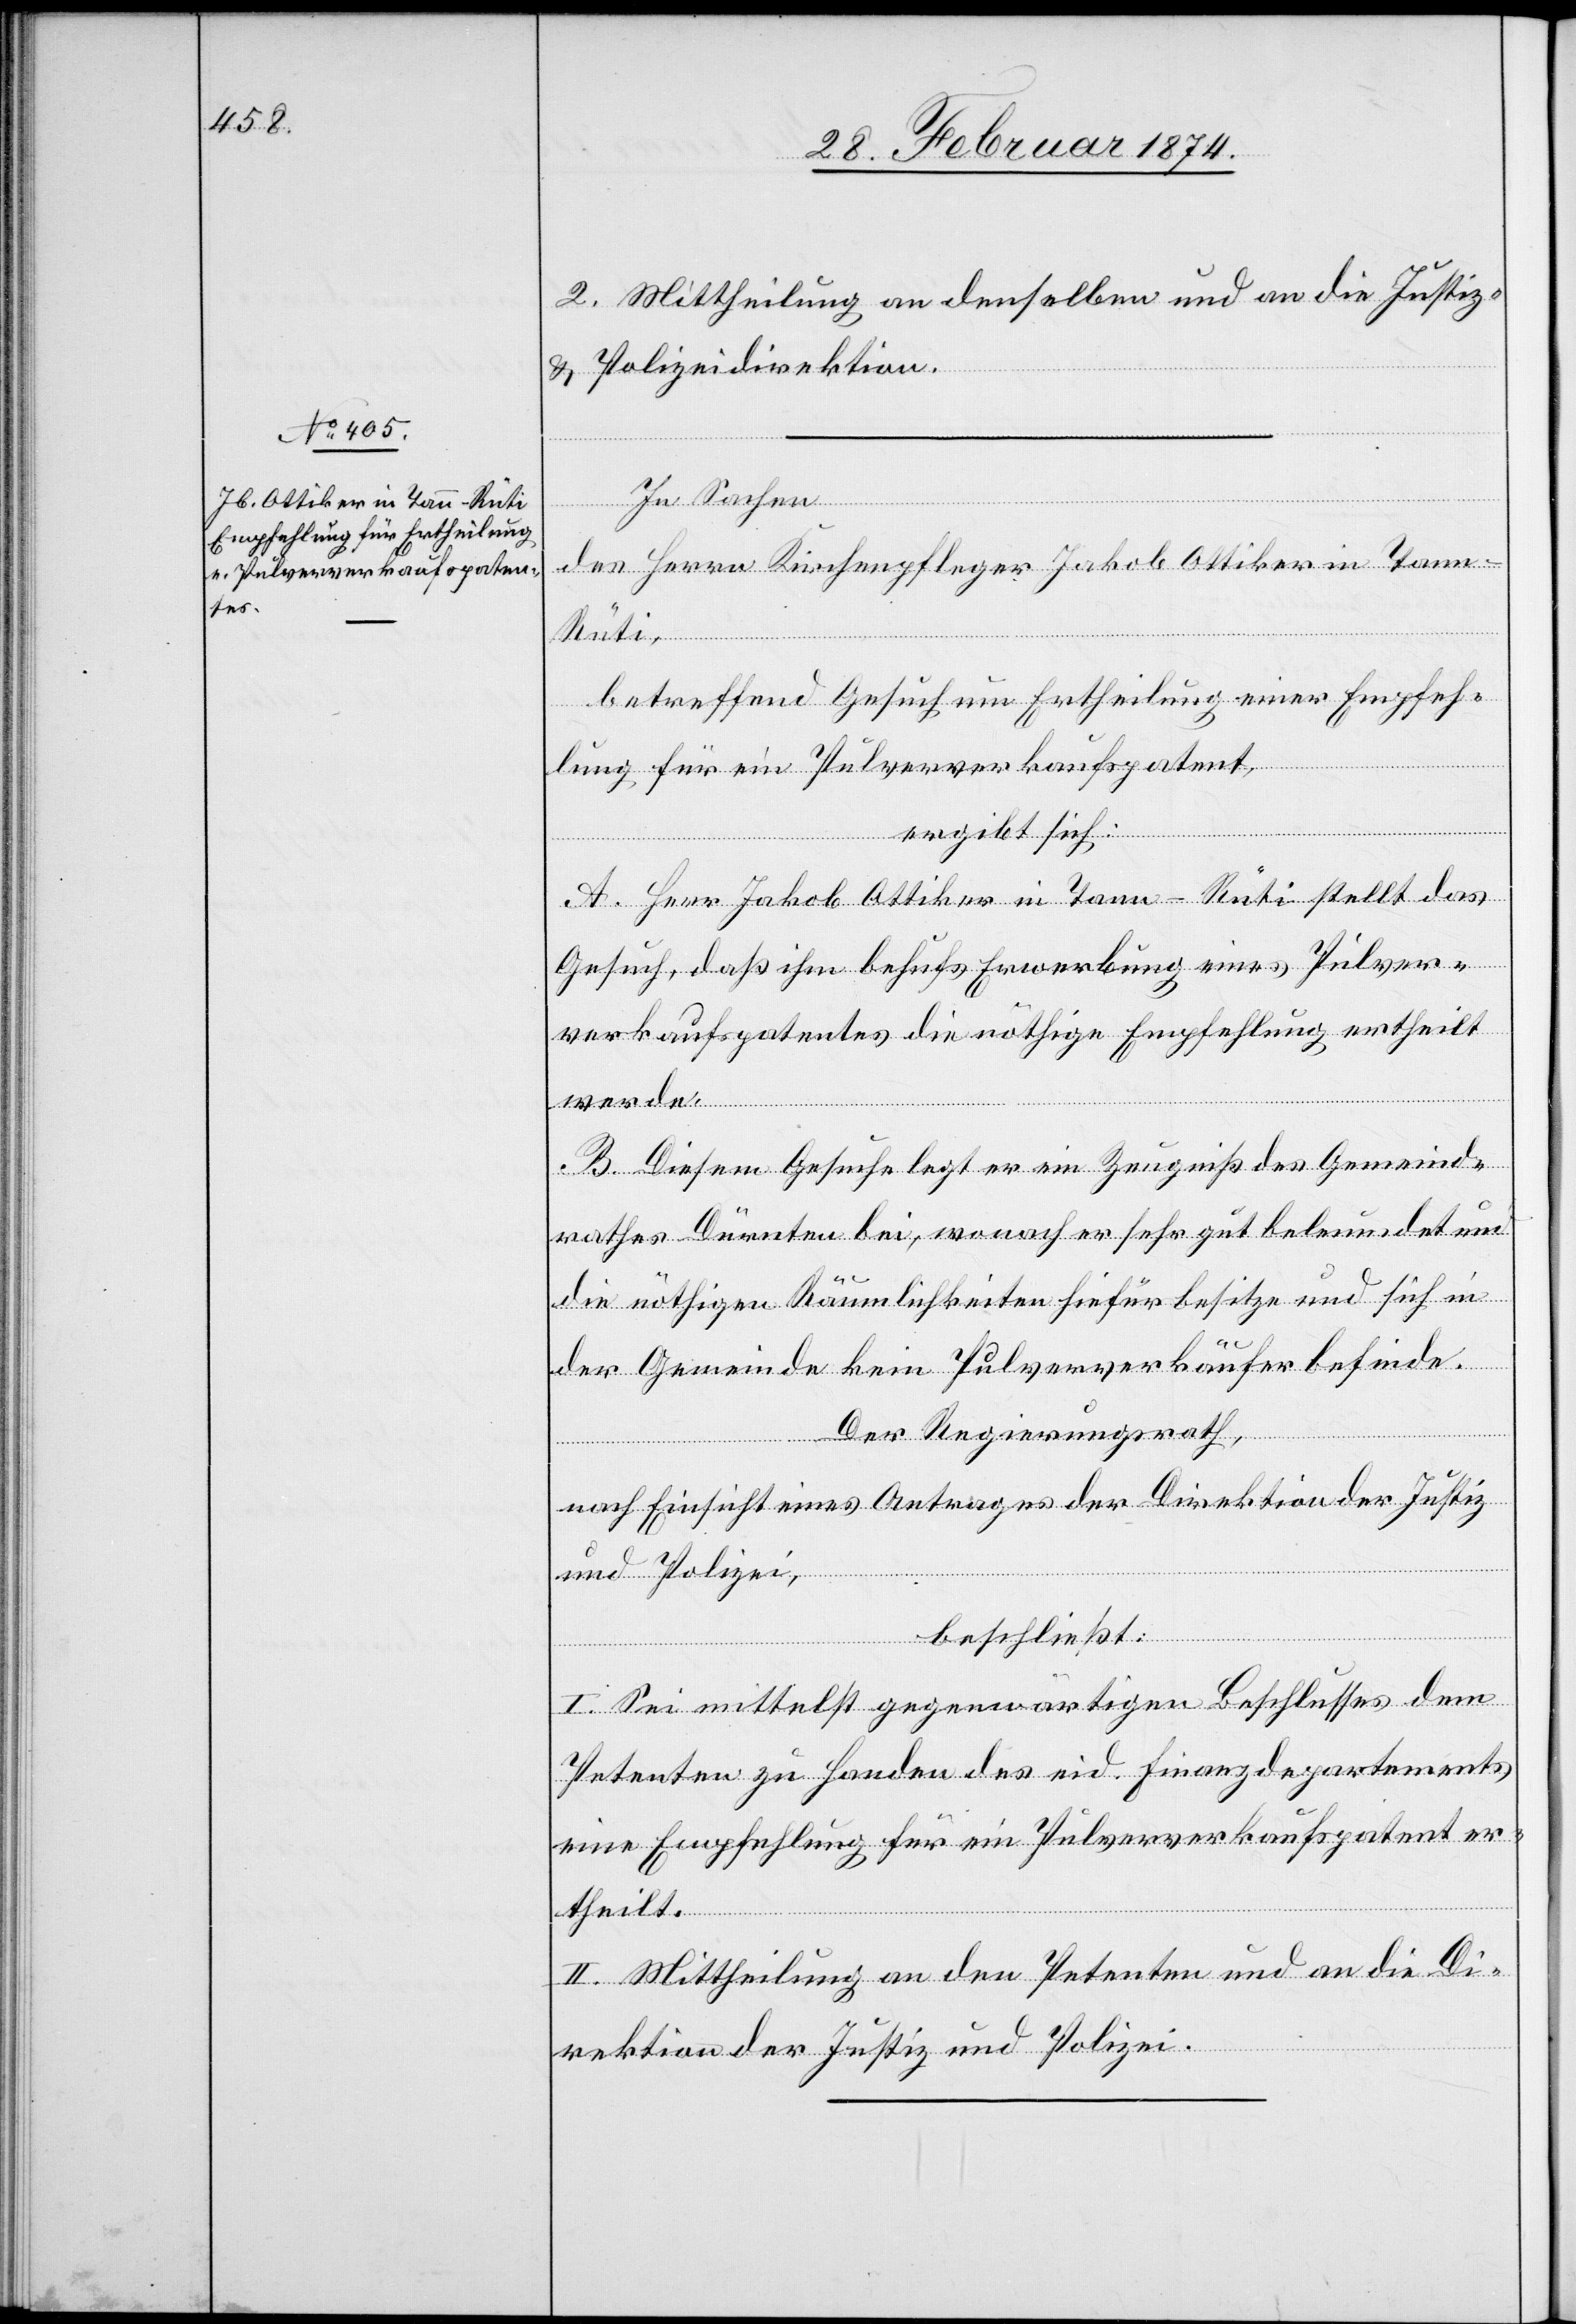
2. Mittheilung an denselben und an die Justiz-
u. Polizeidirektion.
In Sachen
des Herrn Kirchenpfleger Jakob Ottiker in Tan¬
n-Rüti,
betreffend Gesuch um Ertheilung einer Empfeh¬
lung für ein Pulververkaufspatent,
ergibt sich:
A. Herr Jakob Ottiker in Tann-Rüti stellt das
Gesuch, daß ihm behufs Erwerbung eines Pulver¬
verkaufspatentes die nöthige Empfehlung ertheilt
werde.
B. Diesem Gesuche legt er ein Zeugniß des Gemeinde¬
rathes Dürnten bei, welcher sehr gut beleumdet und
die nöthigen Räumlichkeiten hiefür besitze und sich in
der Gemeinde kein Pulververkäufer befinde.
Der Regierungsrath,
nach Einsicht eines Antrages der Direktion der Justiz
und Polizei,
beschließt:
I. Sei mittelst gegenwärtigen Beschlusses dem
Petenten zu Handen des eid. Finanzdepartements
eine Empfehlung für ein Pulververkaufspatent er¬
theilt.
II. Mittheilung an den Petenten und an die Di¬
rektion der Justiz und Polizei.